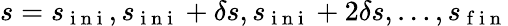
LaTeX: s=s_{\mathrm{~i~n~i~}},s_{\mathrm{~i~n~i~}}+\delta s,s_{\mathrm{~i~n~i~}}+2\delta s,\ldots,s_{\mathrm{~f~i~n~}}